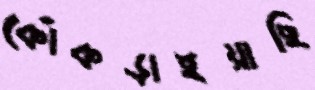
কোঁকড়াইয়াছি